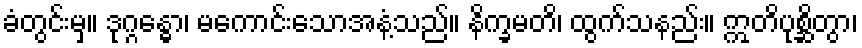
ခံတွင်းမှ။ ဒုဂ္ဂန္ဓော၊ မကောင်းသောအနံ့သည်။ နိက္ခမတိ၊ ထွက်သနည်း။ ဣတိပုစ္ဆိတွာ၊